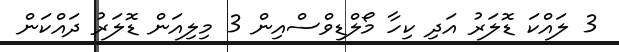
3 ލައްކަ ޑޮލަރު އަދި ކިހާ މޯލްޑިވްސްއިން 3 މިލިއަން ޑޮލަރު ދައްކަން